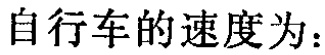
自行车的速度为：